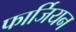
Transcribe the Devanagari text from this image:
फार्जियन